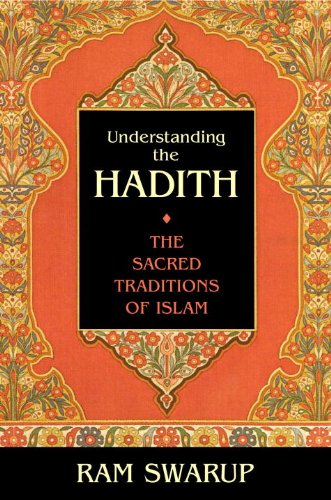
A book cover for Understanding the Hadith; Ram Swarup; Religion & Spirituality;